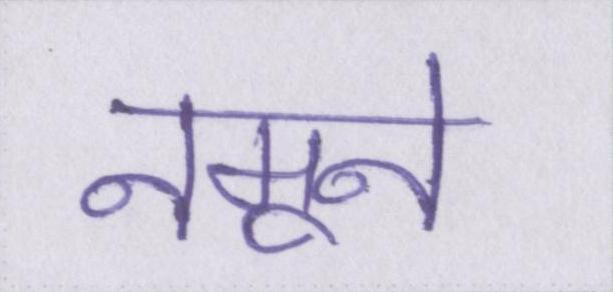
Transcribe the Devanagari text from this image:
नमूने